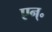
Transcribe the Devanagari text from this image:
एन्॰